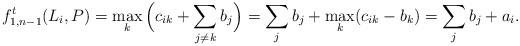
\begin{align*} f^t_{1,n-1}(L_i,P) = \max_k \Big(c_{ik} + \sum_{j \neq k} b_j \Big) = \sum_j b_j + \max_k(c_{ik} - b_k) = \sum_j b_j + a_i.\end{align*}